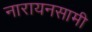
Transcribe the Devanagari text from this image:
नारायनसामी